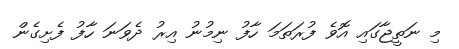
މި ނަތީޖާގައި އޮވެ ފުރަތަމަ ހާފު ނިމުނު އިރު ދެވަނަ ހާފު ފެށިގެން